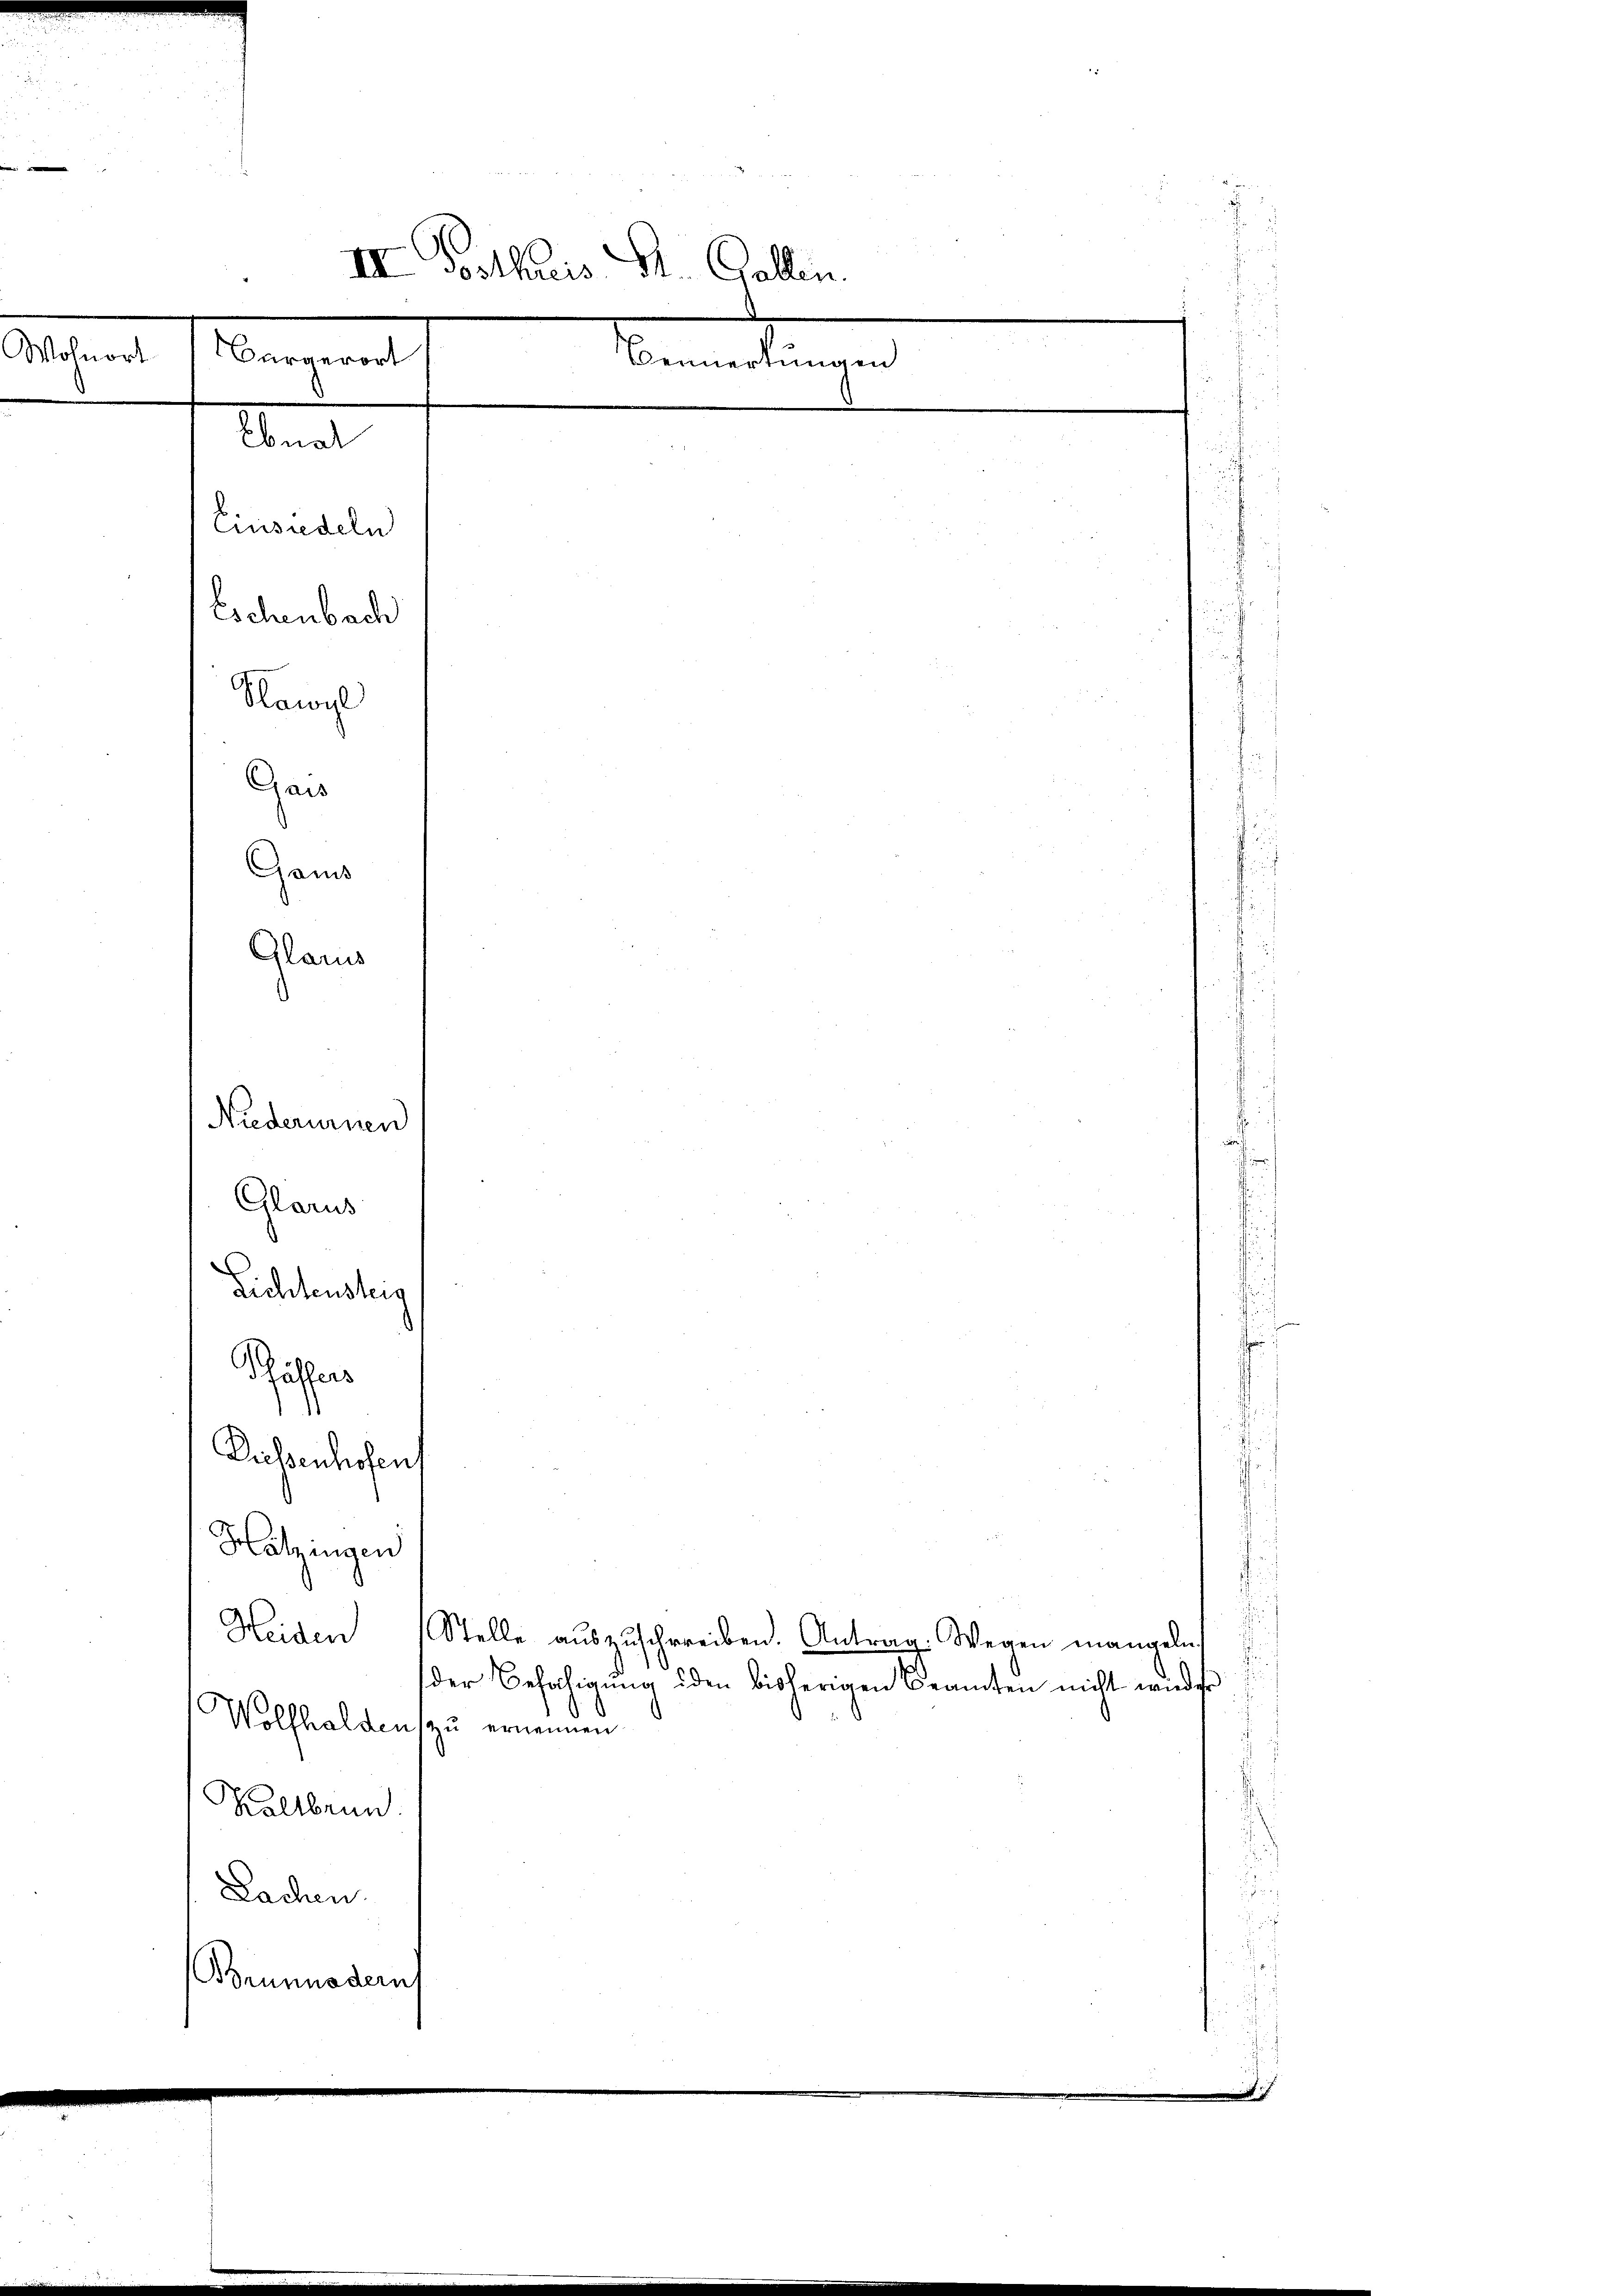
.

e

III. Postkuris St. Gallen.
Wohnort
Bürgerort
Bemerkungen

Lichtensteig
Pässers
Dassenhofen,
Hitzingen
Heiden Stelle aŭszŭschreiben. Antrag. Wegen mangeln,
der Befähigung iden bisherigen Beamten nicht wieder
Wollhalden zu ernennen
Kaltbrun
Lachen
Brunnodern
.

Gans
Glarus
Niederurnen

Hawyl
Gais

Glarus

Abent
Einsiedeln
Eschenbach

¬
.